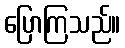
ပြောကြသည်။